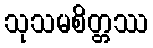
သုသမစိတ္တဿ